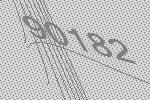
90182